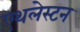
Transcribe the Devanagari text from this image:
एथलेस्टन